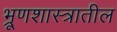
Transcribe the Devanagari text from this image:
भ्रूणशास्त्रातील